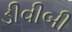
ડીવીબી